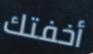
أخفتك